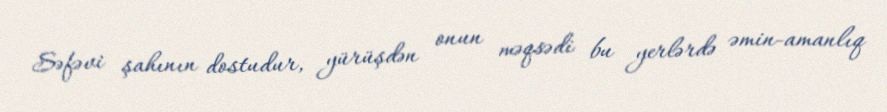
Səfəvi şahının dostudur, yürüşdən onun məqsədi bu yerlərdə əmin-amanlıq